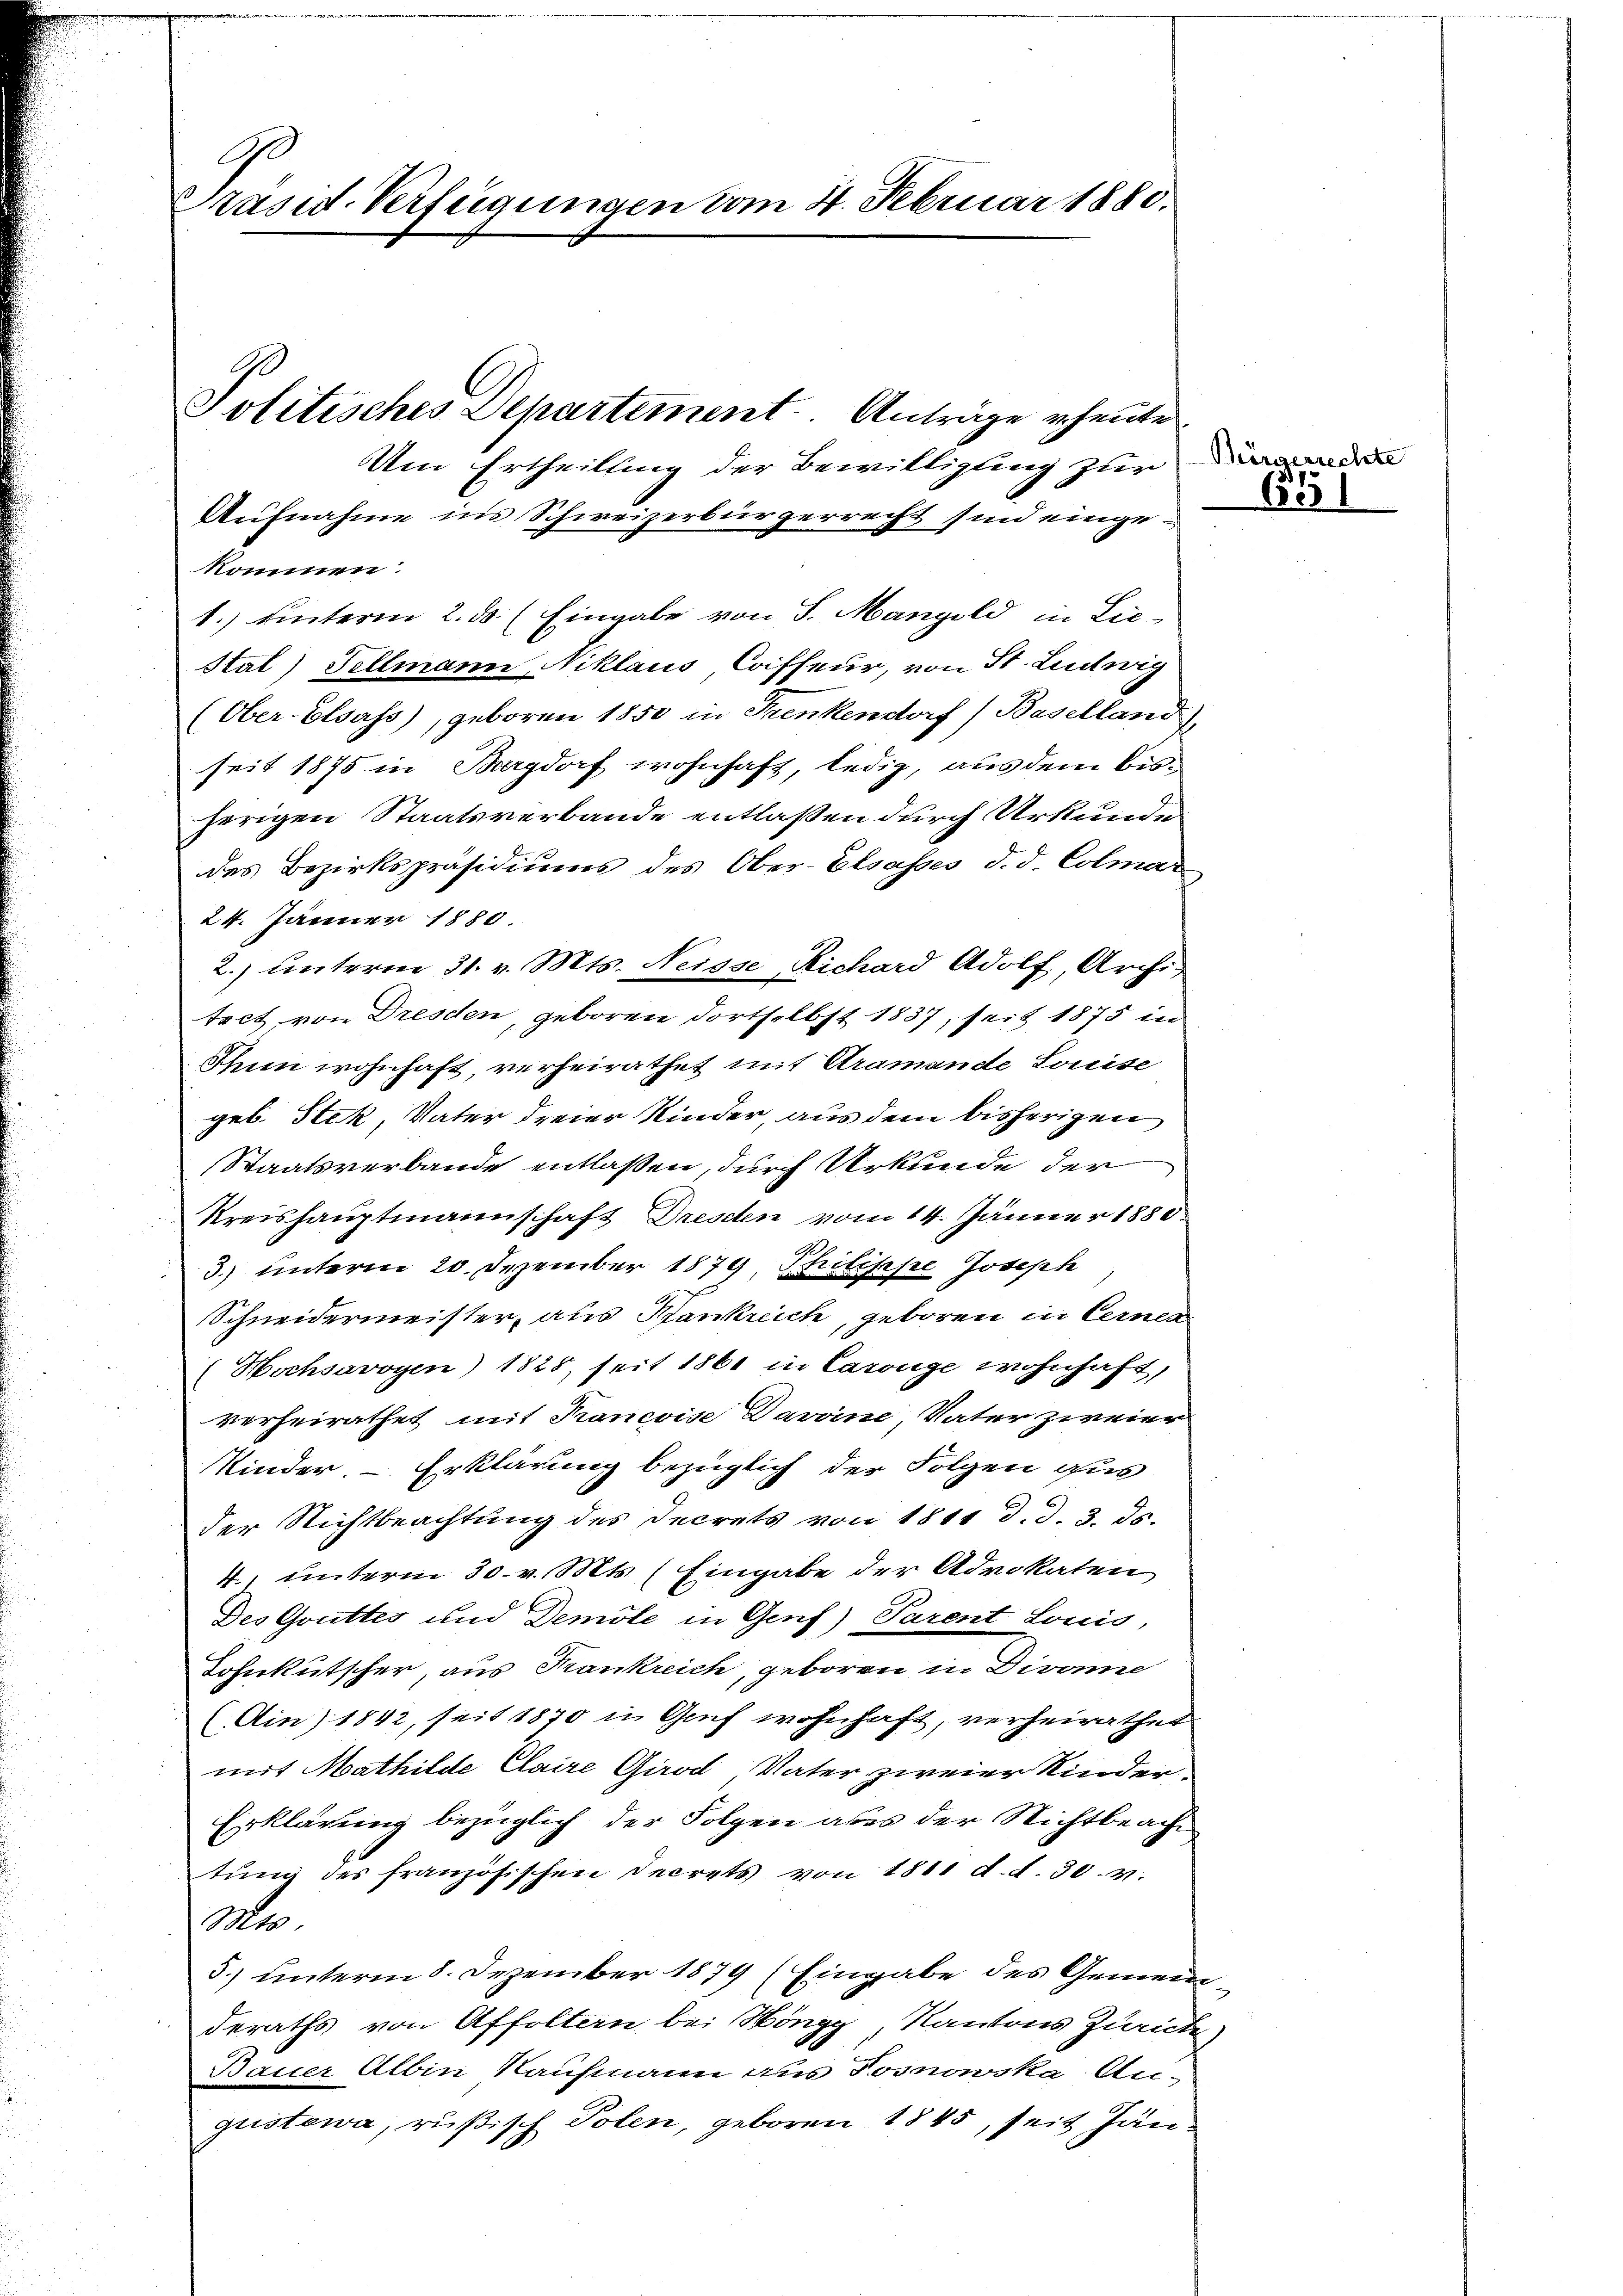
C
Präsid. Verfügungen vom 4. Februar 1880.

Politisches Departement. Anträge heute.

Um Ertheilung der Bewilligung zur
Aufnahme ins Schweizerbürgerrecht sind einge-
kommen.
1.) hinterm 2. ds. (Eingabe von S. Mangold in Lie-
Stal) Fellmann Niklaus Coiffeur, von St. Ludwig
(Ober- Elsass), geboren 1850 in Frenkendorf) Baselland),
seit 1875 in Burgdorf wohnhaft, ledig, aus dem bisherigen Staatsverbande entlaßen durch Urkunde
des Bezirkspräsidiums des Ober-Elsasses d. d. Colmar
24. Jänner 1880
2.) unterm 31. v. Mts. Neisse, Richard Adolf, Archi
tect, von Dresden, geboren dortselbst 1837, seit 1875 in
Thun wohnhaft verheirathet mit Kramande Louise
geb. Stek, Vater dreier Kinder, aus dem bisherigen
Staatsverbande entlassen, durch Urkunde der
Kreishauptmannschaft Dresden vom 14. Jänner 1880.
3.) unterm 20. Dezember 1879 Philippe Joseph
Schneidermeister, aus Bankreich, geboren in Cerner
(Hochsavoyen) 1825, seit 1861 in Carouge wohnhaft,
verheirathet, mit Krancoise Davoine, Vater zweier
Kinder - Erklärung bezüglich der Folgen aus
der Nichtbeachtung des Decrets von 1811 d. d. 3. ds.
4. unterm 30. v. Mts. (Eingabe der Advokaten
Des Grüttes und Demole in Genf) Parent Louis,
Lohnkutscher, aus Frankreich, geboren in Divone
(Ain) 1842, seit 1870 in Genf wohnhaft, verheirathet
mit Mathilde Claire Girod, Vater zweier Kinder¬
Erklärung bezüglich der Folgen aber der Nichtbeacht
tŭng des französischen Decrets von 1811 d. d. 30. v.
Mts.
5.) unterm 8. Dezember 1879 (Eingabe des Gemeindderaths von Affoltern bei Höngg, Kantons Zurücke
Bauer Albin Kaufmann aus Posnowska Angustewa, rußisch Polen, geboren 1845, seit Jän¬

Börgerrechte